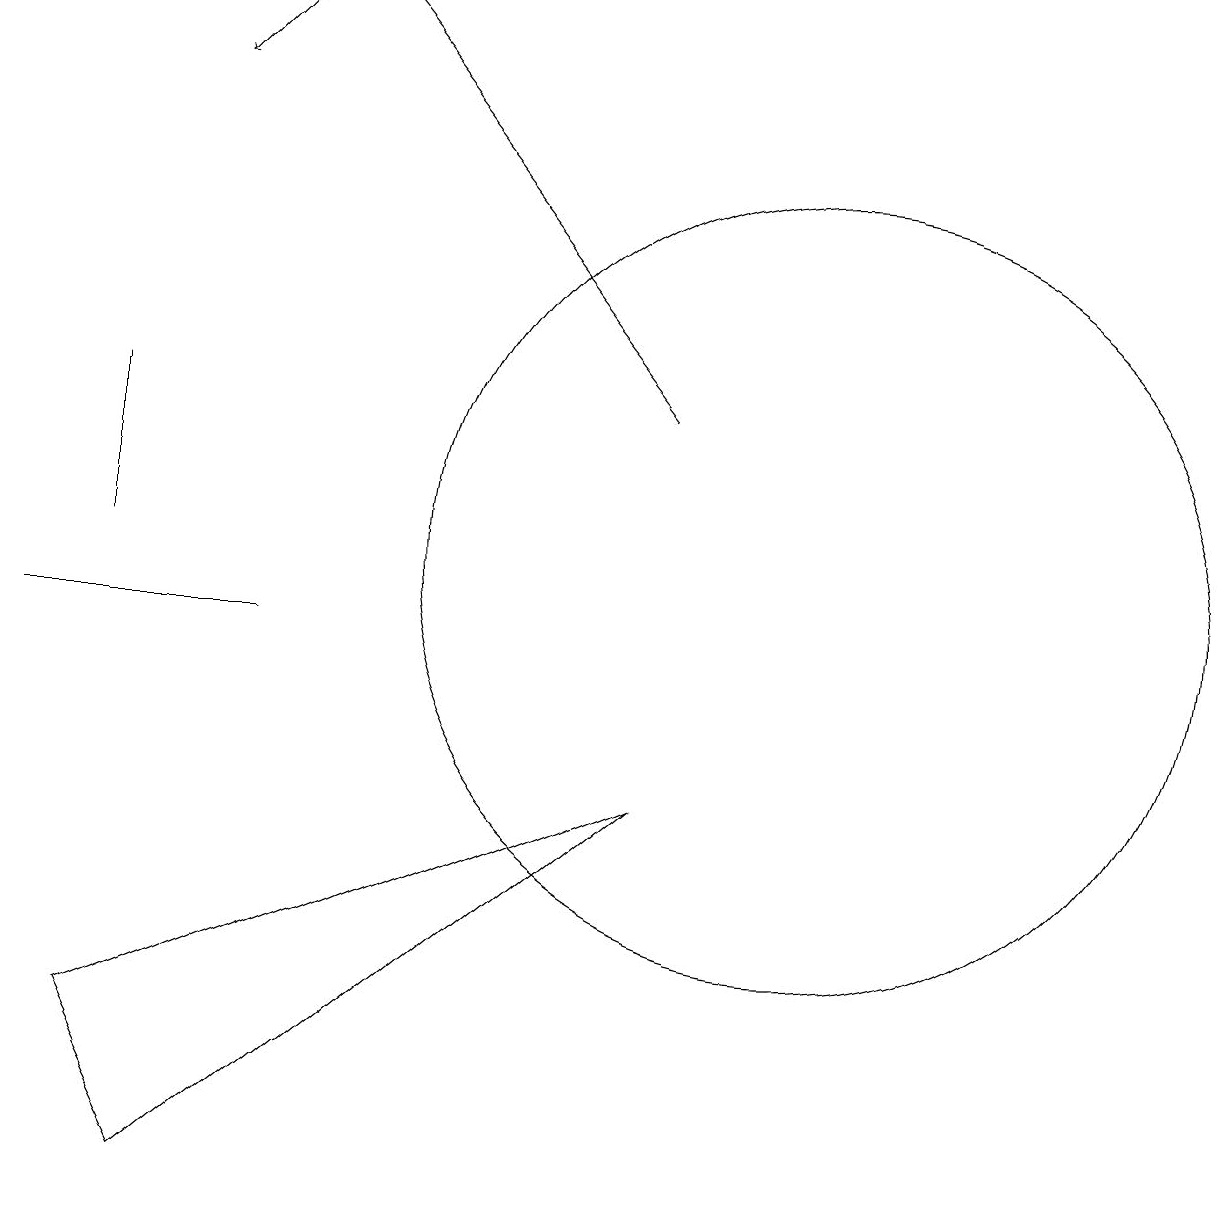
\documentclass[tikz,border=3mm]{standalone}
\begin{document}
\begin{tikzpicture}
\draw[->] (8,13) -- (4,18);
\draw[->] (3,18) -- (2,17);
\draw (1,12) rectangle (1,13);
\draw (8,8) -- (2,3) -- (1,5) -- cycle;
\draw (10,11) circle (5);
\draw (3,10) rectangle (0,10);
\draw (1,13) rectangle (1,11);
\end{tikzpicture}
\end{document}